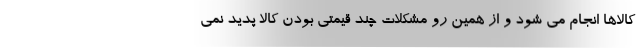
کالاها انجام می شود و از همین رو مشکلات چند قیمتی بودن کالا پدید نمی